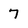
Character: 7